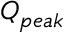
Q _ { p e a k }